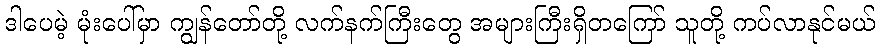
ဒါပေမဲ့ မုံးပေါ်မှာ ကျွန်တော်တို့ လက်နက်ကြီးတွေ အများကြီးရှိတကြော် သူတို့ ကပ်လာနုင်မယ်